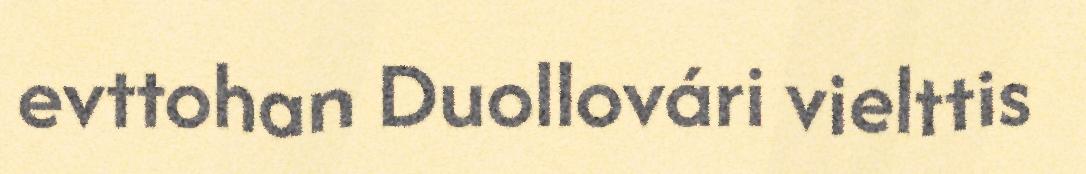
evttohan Duollovári vielttis